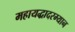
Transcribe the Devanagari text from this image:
महायद्धादरम्यान